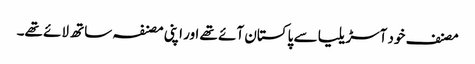
مصنف خود آسڑیلیا سے پاکستان آئے تھے اور اپنی مصنفہ ساتھ لائے تھے۔